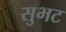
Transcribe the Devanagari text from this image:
सुभट